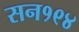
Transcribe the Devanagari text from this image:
सन१९४